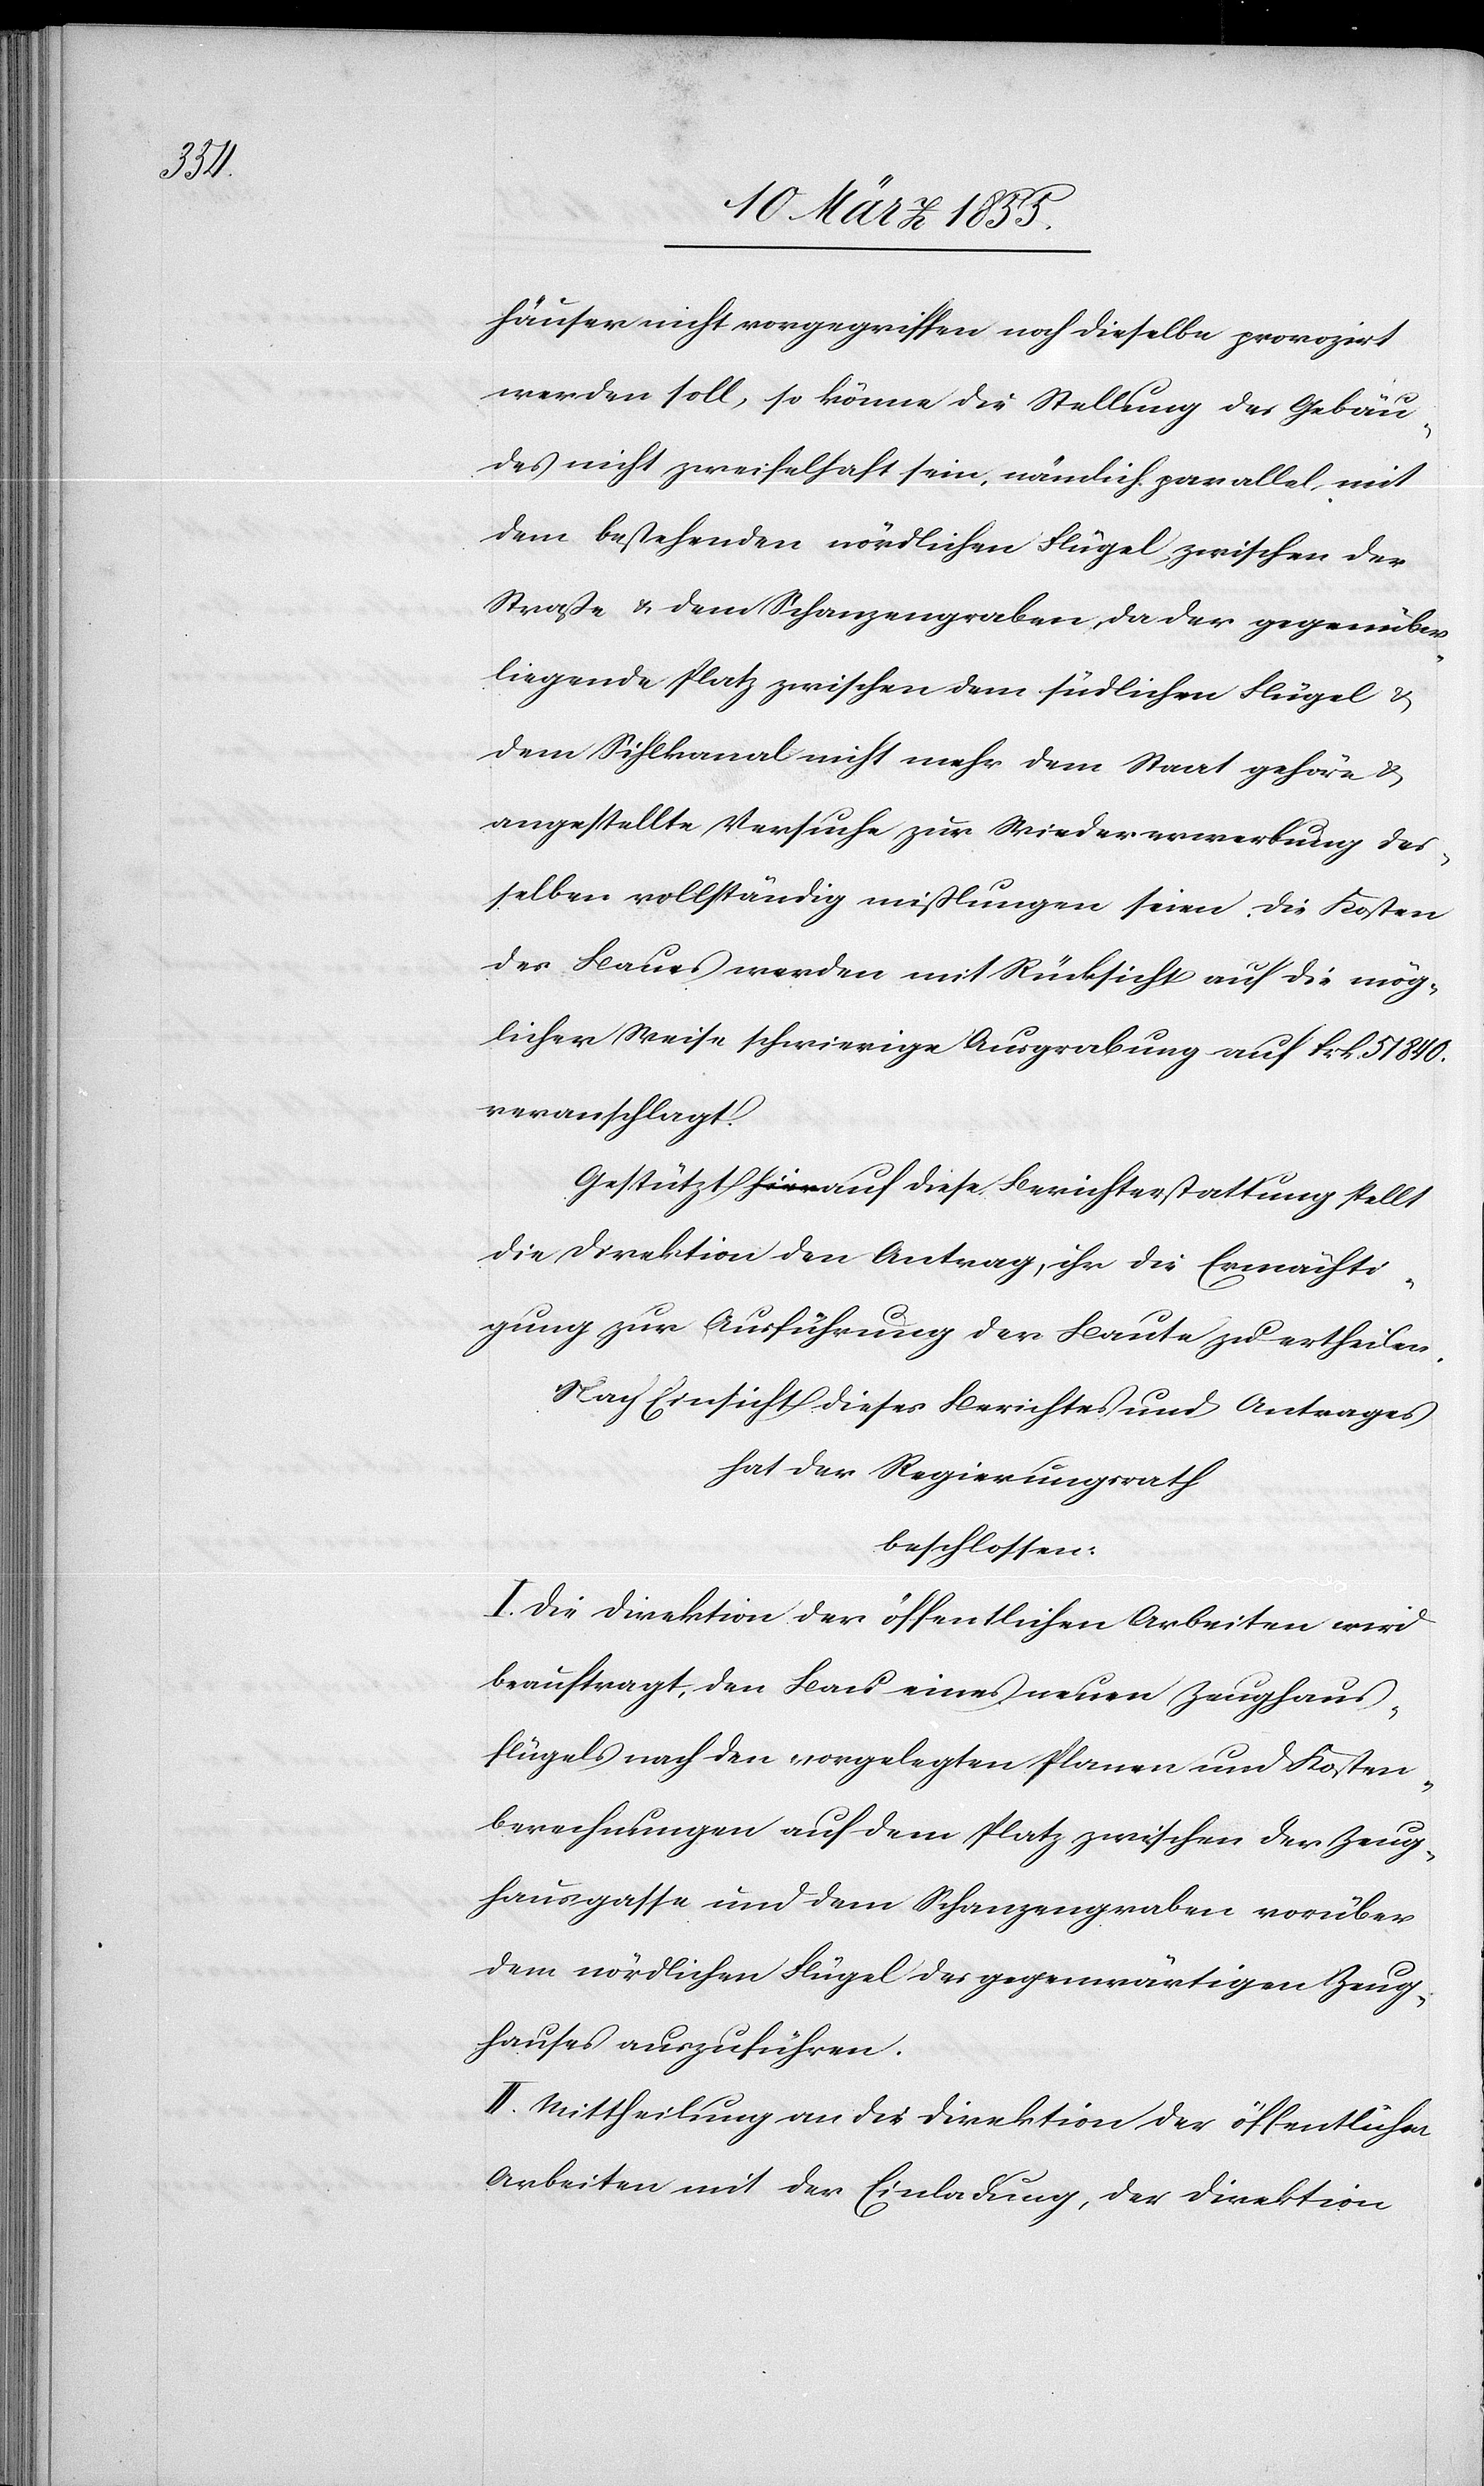
häuser nicht vorgegriffen noch dieselbe provozirt
werden soll, so könne die Stellung des Gebäu¬
des nicht zweifelhaft sein, nämlich parallel, mit
dem bestehenden nördlichen Flügel, zwischen der
Straße & dem Schanzengraben, da der gegenüber¬
liegende Platz zwischen dem südlichen Flügel &
dem Sihlkanal nicht mehr dem Staat gehöre &
angestellte Versuche zur Wiedererwerbung des¬
selben vollständig mißlungen seien. Die Kosten
des Baues werden mit Rücksicht auf die mög¬
licher Weise schwierige Ausgrabung auf Frk. 51 840.
veranschlagt.
Gestützt auf diese Berichterstattung stellt
die Direktion den Antrag, ihr die Ermächti¬
gung zur Ausführung der Baute zu ertheilen.
Nach Einsicht dieses Berichtes und Antrages
hat der Regierungsrath
beschlossen:
I. Die Direktion der öffentlichen Arbeiten wird
beauftragt, den Bau eines neuen Zeughaus¬
flügels nach den vorgelegten Planen und Kosten¬
berechnungen auf dem Platz zwischen der Zeug¬
hausgasse und dem Schanzengraben vorüber
dem nördlichen Flügel des gegenwärtigen Zeug¬
hauses auszuführen.
II. Mittheilung an die Direktion der öffentlichen
Arbeiten mit der Einladung, der Direktion